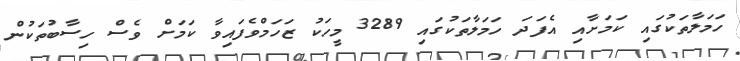
ހަމަލާތަކުގައި ކަމަށާއި އެފަދަ ހަމަލާތަކުގައި 3289 މީހަކު ޒަހަމްވެފައިވާ ކަމަށް ވެސް ހިސާބުތަކުން